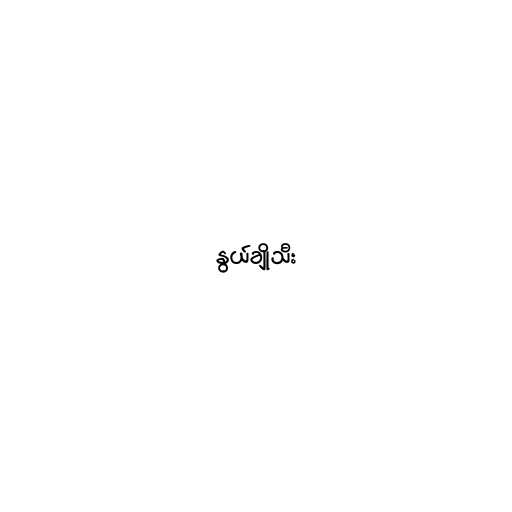
နွယ်ချိုသီး